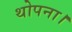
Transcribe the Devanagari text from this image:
थोपना।